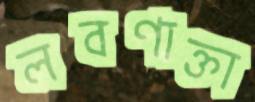
লবণাক্তা